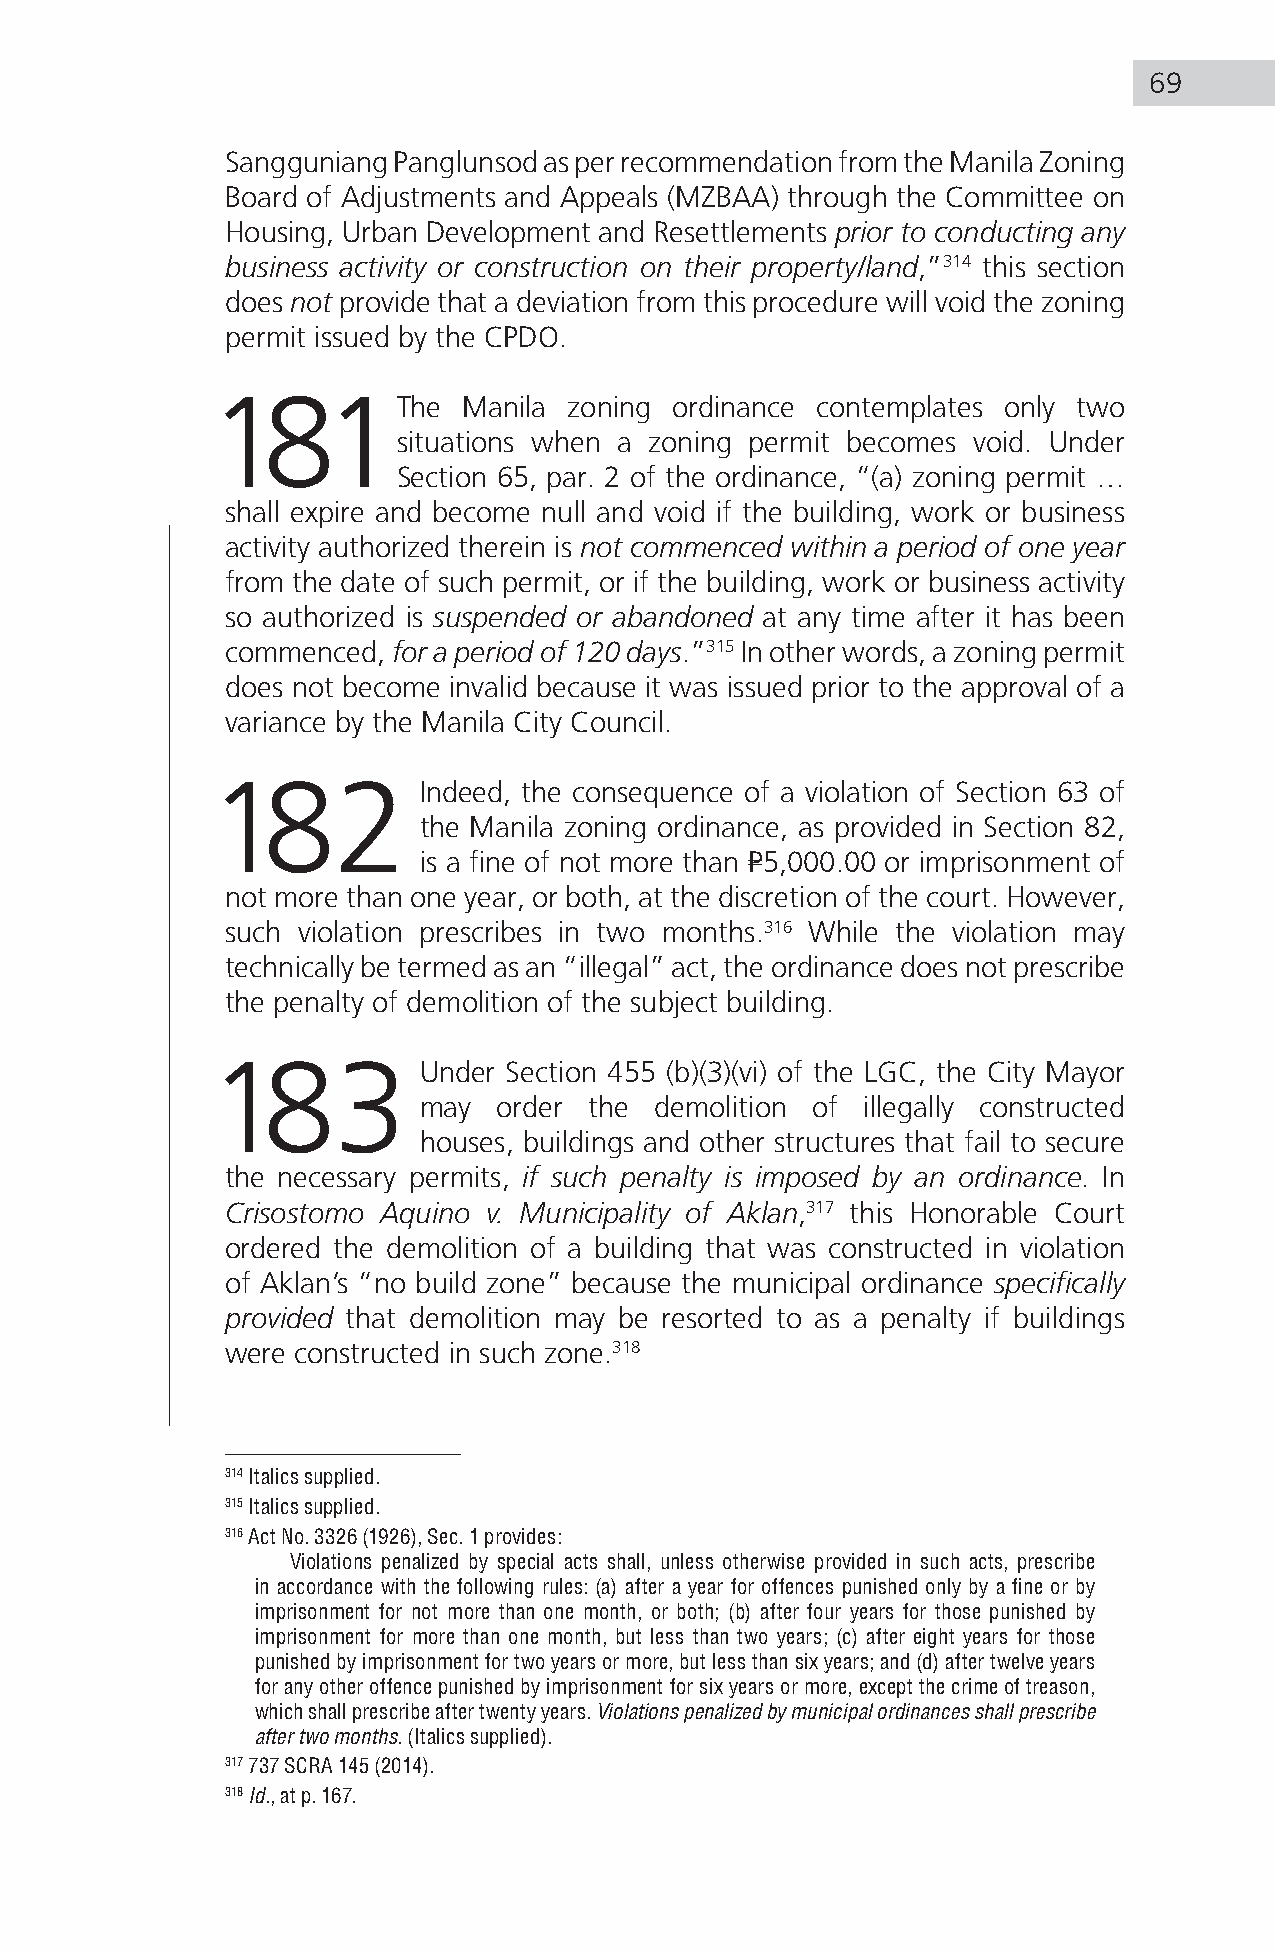
69
 Sangguniang Panglunsod as per recommendation from the Manila Zoning
 Board of Adjustments and Appeals (MZBAA) through the Committee on
 Housing, Urban Development and Resettlements prior to conducting any
 business activity or construction on their property/land,”314 this section
 does not provide that a deviation from this procedure will void the zoning
 permit issued by the CPDO.
 181The           Manila zoning ordinance contemplates only two
 situations when a zoning permit becomes void. Under
 Section 65, par. 2 of the ordinance, “(a) zoning permit …
 shall expire and become null and void if the building, work or business
 activity authorized therein is not commenced within a period of one year
 from the date of such permit, or if the building, work or business activity
 so authorized is suspended or abandoned at any time after it has been
 commenced, for a period of 120 days.”315 In other words, a zoning permit
 does not become invalid because it was issued prior to the approval of a
 variance by the Manila City Council.
 182           Indeed, the consequence of a violation of Section 63 of
 the Manila zoning ordinance, as provided in Section 82,
 is a fine of not more than P5,000.00 or imprisonment of
 not more than one year, or both, at the discretion of the court. However,
 such violation prescribes in two months.316 While the violation may
 technically be termed as an “illegal” act, the ordinance does not prescribe
 the penalty of demolition of the subject building.
 183           Under Section 455 (b)(3)(vi) of the LGC, the City Mayor
 may  order the demolition of illegally constructed
 houses, buildings and other structures that fail to secure
 the necessary permits, if such penalty is imposed by an ordinance. In
 Crisostomo Aquino v. Municipality of Aklan,317 this Honorable Court
 ordered the demolition of a building that was constructed in violation
 of Aklan’s “no build zone” because the municipal ordinance specifically
 provided that demolition may be resorted to as a penalty if buildings
 were constructed in such zone.318
 314 Italics supplied.
 315 Italics supplied.
 316 Act No. 3326 (1926), Sec. 1 provides:
 Violations penalized by special acts shall, unless otherwise provided in such acts, prescribe
 in accordance with the following rules: (a) after a year for offences punished only by a fine or by
 imprisonment for not more than one month, or both; (b) after four years for those punished by
 imprisonment for more than one month, but less than two years; (c) after eight years for those
 punished by imprisonment for two years or more, but less than six years; and (d) after twelve years
 for any other offence punished by imprisonment for six years or more, except the crime of treason,
 which shall prescribe after twenty years. Violations penalized by municipal ordinances shall prescribe
 after two months. (Italics supplied).
 317 737 SCRA 145 (2014).
 318 Id., at p. 167.